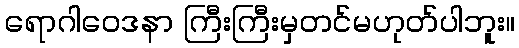
ရောဂါဝေဒနာ ကြီးကြီးမှတင်မဟုတ်ပါဘူး။